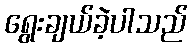
ရွေးချယ်ခဲ့ပါသည်